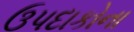
ઉપદાકોના